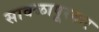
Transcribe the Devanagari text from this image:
सावळापूरकर